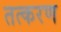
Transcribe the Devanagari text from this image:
तत्करण